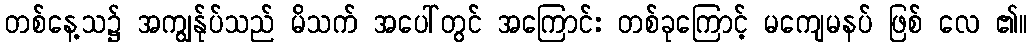
တစ်နေ့သ၌ အကျွန်ုပ်သည် မိသက် အပေါ်တွင် အကြောင်း တစ်ခုကြောင့် မကျေမနပ် ဖြစ် လေ ၏။